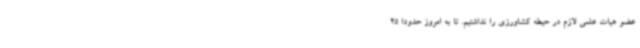
عضو هیات علمی لازم در حیطه کشاورزی را نداشتیم. تا به امروز حدودا 25